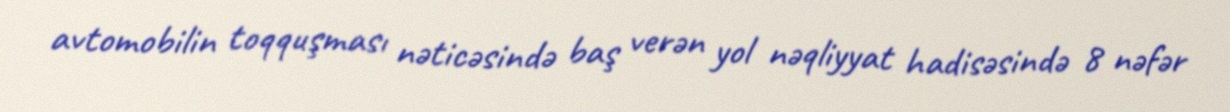
avtomobilin toqquşması nəticəsində baş verən yol nəqliyyat hadisəsində 8 nəfər